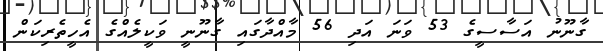
ގާނޫނު އަސާސީގެ 53 ވަނަ އަދި 56 މާއްދާގައި ގާނޫނީ ވަކީލެއްގެ އެހީތެރިކަން